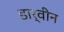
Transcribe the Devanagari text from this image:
डार्वीन